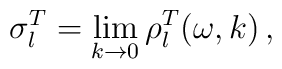
\sigma_l^T = \lim_{k\rightarrow 0} \rho_l^T (\omega , k)\,,